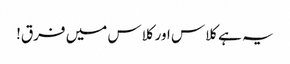
یہ ہے کلاس اور کلاس میں فرق!